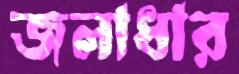
জলাধার